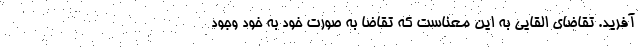
آفرید. تقاضای القایی به این معناست که تقاضا به صورت خود به خود وجود